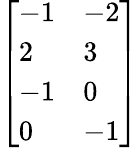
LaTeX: \begin{array}{r}{\left[\begin{array}{ll}{-1}&{-2}\\ {2}&{3}\\ {-1}&{0}\\ {0}&{-1}\end{array}\right]}\end{array}